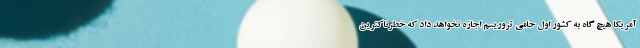
آمریکا هیچ گاه به کشور اول حامی تروریسم اجازه نخواهد داد که خطرناکترین